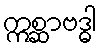
ဣစ္ဆာဗဒ္ဓါ